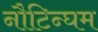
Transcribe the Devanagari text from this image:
नौटिन्घम